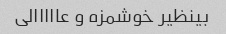
بینظیر خوشمزه و عااااالی